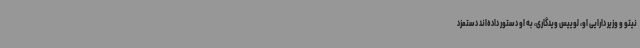
نیتو و وزیر دارایی او، لوییس ویدگاری، به او دستور داده‌اند دستمزد